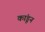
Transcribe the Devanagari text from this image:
कांडून